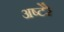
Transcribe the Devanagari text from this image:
अष्टेरे